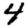
Digit: 4